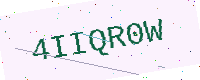
Text: 4IIQR0W